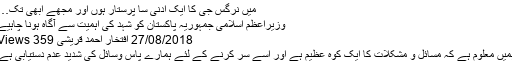
میں نرگس جی کا ایک ادنٰی سا پرستار ہوں اور مجھے ابھی تک…
وزیراعظم اسلامی جمہوریہ پاکستان کو شہد کی اہمیت سے آگاہ ہونا چاہیے
27/08/2018 افتخار احمد قریشی 359 Views
ہمیں معلوم ہے کہ مسائل و مشکلات کا ایک کوہ عظیم ہے اور اسے سر کرنے کے لئے ہمارے پاس وسائل کی شدید عدم دستیابی ہے۔